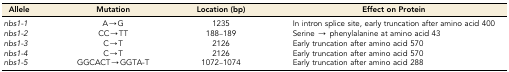
<table><thead><tr><td><b>Allele</b></td><td><b>Mutation</b></td><td><b>Location (bp)</b></td><td><b>Effect on Protein</b></td></tr></thead><tbody><tr><td><i>nbs1-1</i></td><td>A→G</td><td>1235</td><td>In intron splice site, early truncation after amino acid 400</td></tr><tr><td><i>nbs1-2</i></td><td>CC→TT</td><td>188–189</td><td>Serine → phenylalanine at amino acid 43</td></tr><tr><td><i>nbs1-3</i></td><td>C→T</td><td>2126</td><td>Early truncation after amino acid 570</td></tr><tr><td><i>nbs1-4</i></td><td>C→T</td><td>2126</td><td>Early truncation after amino acid 570</td></tr><tr><td><i>nbs1-5</i></td><td>GGCACT→GGTA-T</td><td>1072–1074</td><td>Early truncation after amino acid 288</td></tr></tbody></table>